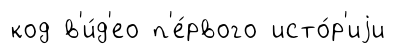
код в'и́д'ео п'е́рвого исто́р'иjи